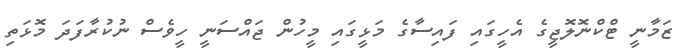
ޒަމާނީ ޓްކްނޮލޮޖީގެ އެހީގައި ފައިސާގެ މަޅީގައި މީހުން ޖައްސަނީ ހީވެސް ނުކުރާފަދަ މޮޅަތި